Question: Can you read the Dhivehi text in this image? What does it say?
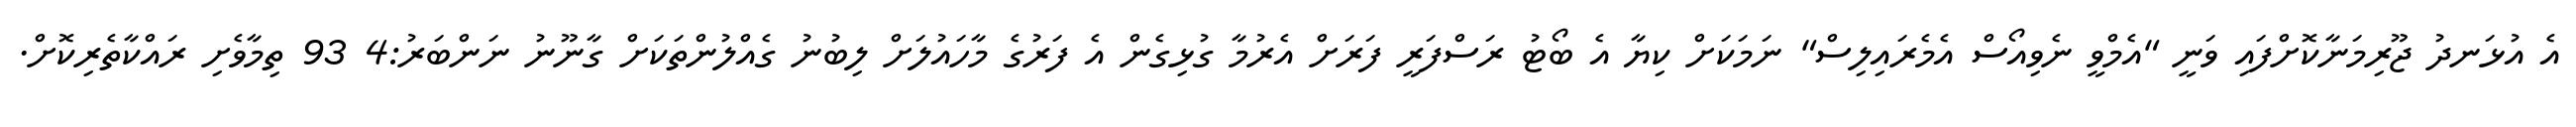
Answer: އެ އުޅަނދު ޖޫރިމަނާކޮށްފައި ވަނީ "އެމްވީ ނެވިއޯސް އެމެރައިލިސް" ނަމަކަށް ކިޔާ އެ ބޯޓު ރަސްފަރީ ފަރަށް އެރުމާ ގުޅިގެން އެ ފަރުގެ މާހައުލަށް ލިބުނު ގެއްލުންތަކަށް ގާނޫނު ނަންބަރު:4 93 ތިމާވެށި ރައްކާތެރިކޮށް.